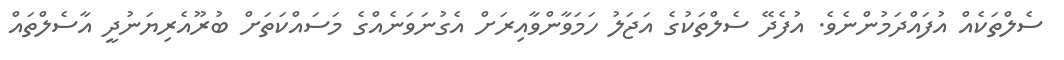
ސެލްތަކެއް އުފައްދަމުންނެވެ. އުފެދޭ ސެލްތަކުގެ އަޖަލު ހަމަވާންވާއިރަށް އެގުނަވަނެއްގެ މަސައްކަތަށް ބުރޫއެރިޔަނުދީ އާސެލްތައް